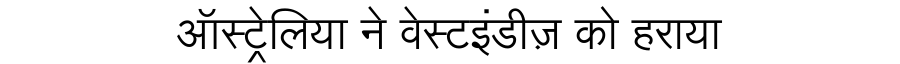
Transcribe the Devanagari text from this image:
ऑस्ट्रेलिया ने वेस्टइंडीज़ को हराया